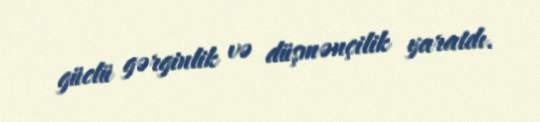
güclü gərginlik və düşmənçilik yaratdı.